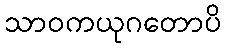
သာဝကယုဂတောပိ